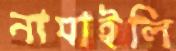
নামাইলি